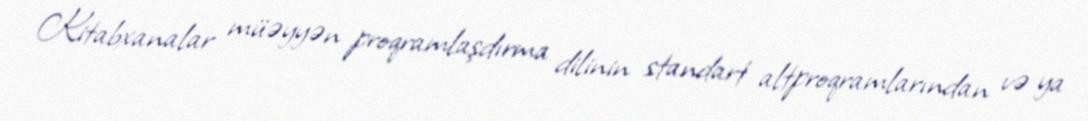
Kitabxanalar müəyyən proqramlaşdırma dilinin standart altproqramlarından və ya